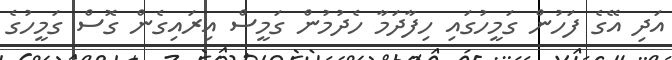
އަދި އޭގެ ފަހުން ގަމީހުގައި ހިފާދަމާ ހެދުމުން ގަމީސް އިރައިގެން ގޮސް ގަމީހުގެ